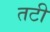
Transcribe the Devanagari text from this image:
तटी